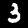
Digit: 3